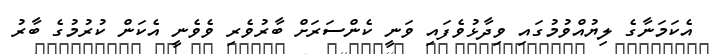
އެކަމަނާގެ ލިޔުއްވުމުގައި ވިދާޅުވެފައި ވަނީ ކެންސަރަށް ބާރުވެރި ވެވެނީ އެކަން ކުރުމުގެ ބާރު